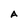
Character: A